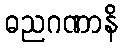
ဓညဂဏာနိ